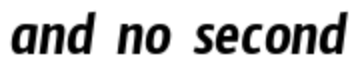
and no second